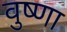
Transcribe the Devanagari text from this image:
वुष्णा